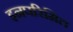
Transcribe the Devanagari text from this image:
इनपरिमित